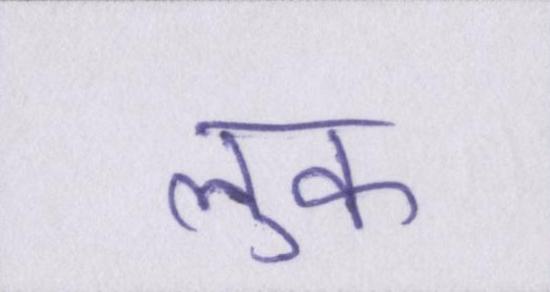
लुक